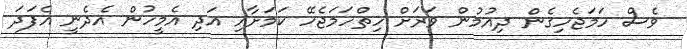
ވެސް ހަމަޖެހިގެން ދިއުމުން ވަރަށް ހިތްހަމަޖެހޭ ކަމަށާއި އަދި އެމީހުން އެދެނީ އެފަދަ